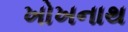
ખોખનાથ